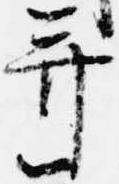
并